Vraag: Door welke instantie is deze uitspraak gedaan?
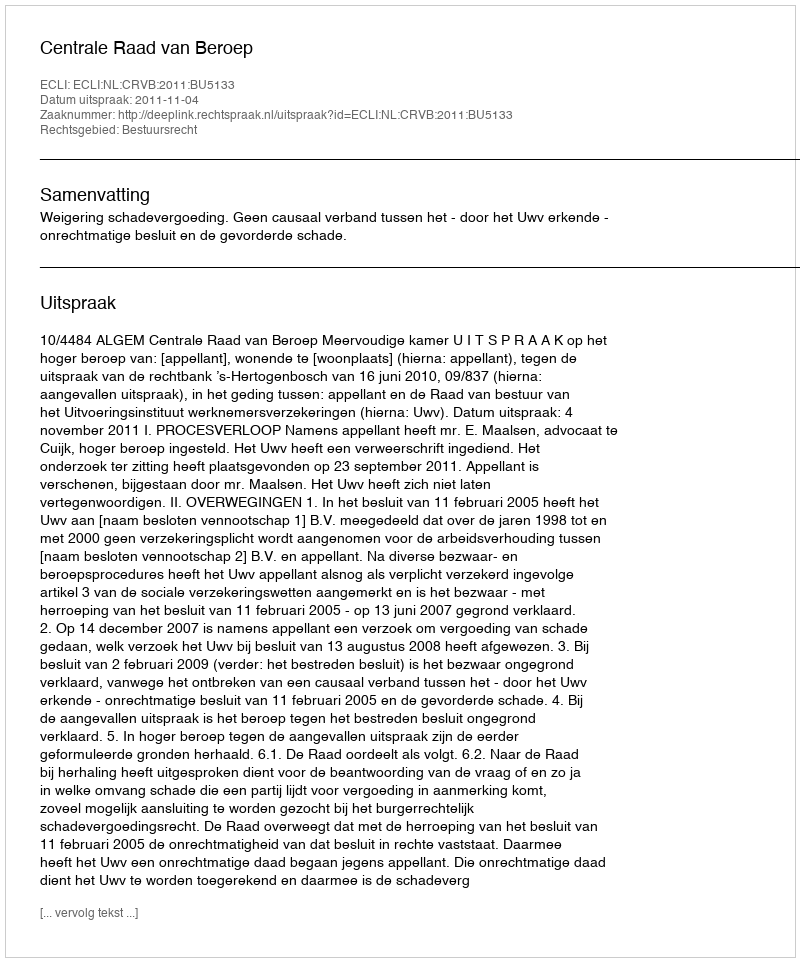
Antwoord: Centrale Raad van Beroep